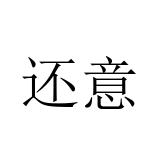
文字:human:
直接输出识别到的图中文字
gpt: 还意